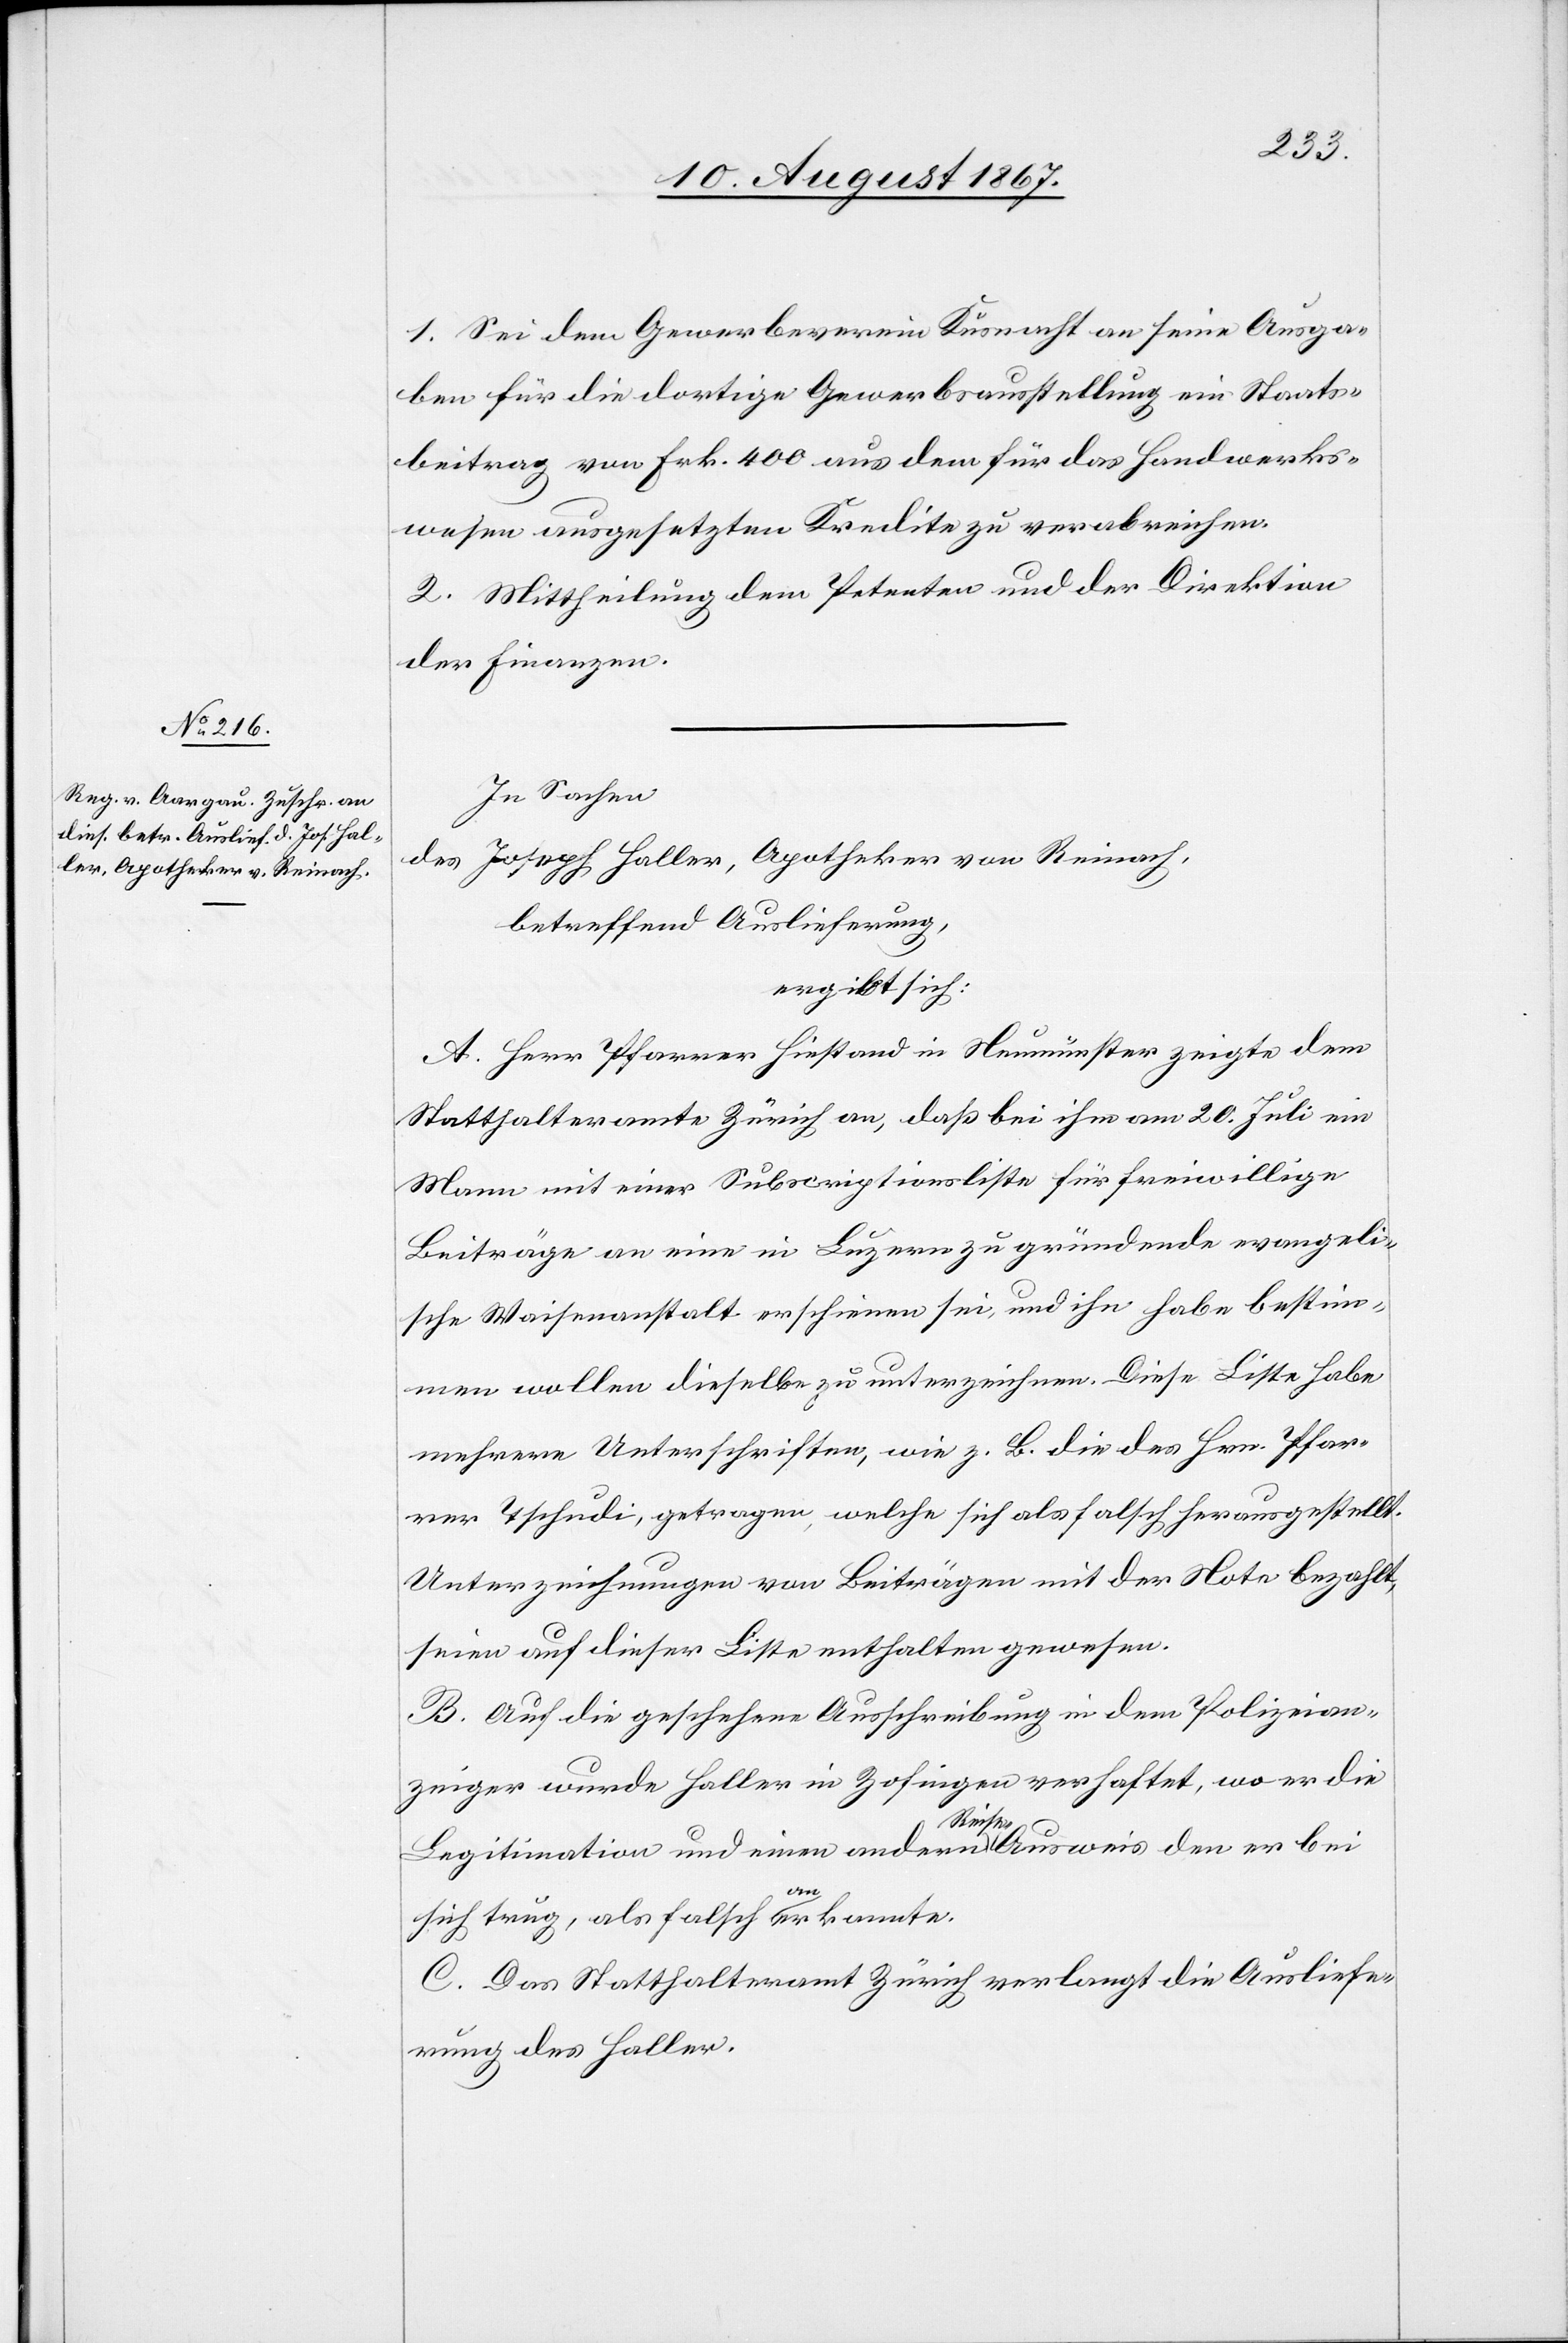
1. Sei dem Gewerbeverein Küsnacht an seine Ausga¬
ben für die dortige Gewerbsausstellung ein Staats¬
beitrag von Frk. 400 aus dem für das Handwerks¬
wesen ausgesetzten Kredite zu verabreichen.
2. Mittheilung dem Petenten und der Direktion
der Finanzen.
In Sachen
des Joseph Haller, Apotheker von Reinach,
betreffend Auslieferung,
ergibt sich:
A. Herr Pfarrer Hiestand in Neumünster zeigte dem
Statthalteramte Zürich an, daß bei ihm am 20. Juli ein
Mann mit einer Subscriptionsliste für freiwillige
Beiträge an eine in Luzern zu gründende evangeli¬
sche Waisenanstalt erschienen sei, und ihn habe bestim¬
men wollen dieselbe zu unterzeichnen. Diese Liste habe
mehrere Unterschriften, wie z. B. die des Hrn. Pfar¬
rer Tschudi, getragen, welche sich als falsch herausgestellt.
Unterzeichnungen von Beiträgen mit der Note bezahlt,
seien auf dieser Liste enthalten gewesen.
B. Auf die geschehene Ausschreibung in dem Polizeian¬
zeiger wurde Haller in Zofingen verhaftet, wo er die
Legitimation und einen andern Reise-Ausweis den er bei
sich trug, als falsch anerkannte.
C. Das Statthalteramt Zürich verlangt die Ausliefe¬
rung des Haller.